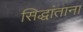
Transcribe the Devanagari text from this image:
सिद्धांताना